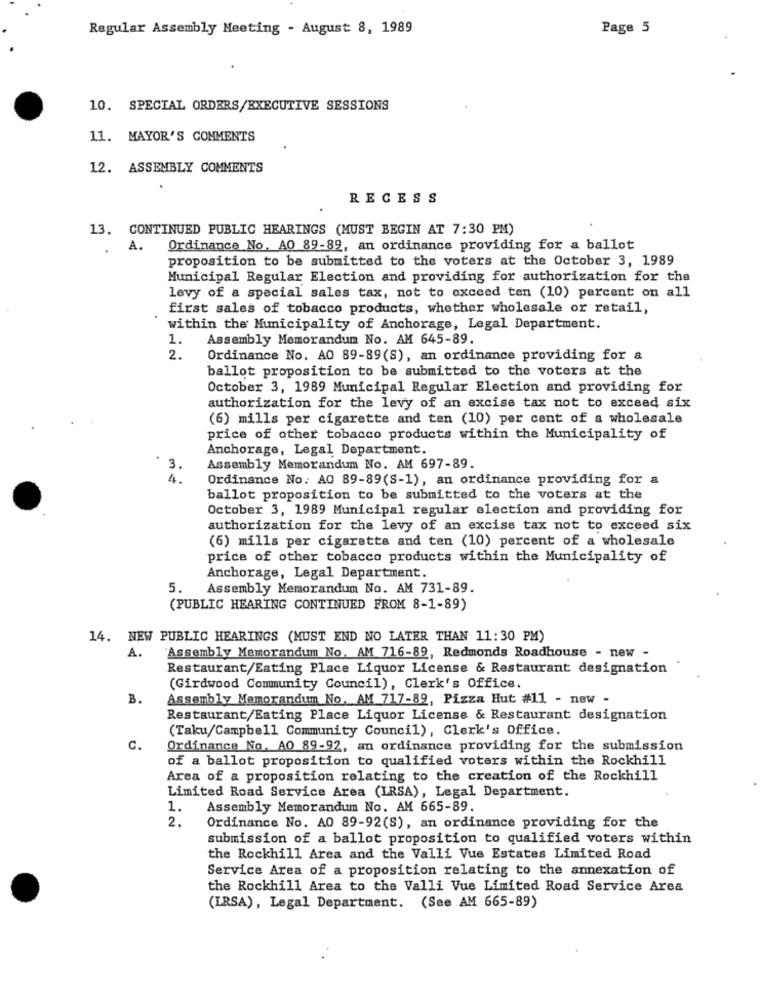
Regular Assembly Meeting - August 8, 1989
Page 5
10. SPECIAL ORDERS/EXECUTIVE SESSIONS
11. MAYOR'S COMMENTS
12. ASSEMBLY COMMENTS
RECESS
13. CONTINUED PUBLIC HEARINGS (MUST BEGIN AT 7:30 PM)
A. Ordinance No. AO 89-89, an ordinance providing for a ballot
proposition to be submitted to the voters at the October 3, 1989
Municipal Regular Election and providing for authorization for the
levy of a special sales tax, not to exceed ten (10) percent on all
first sales of tobacco products, whether wholesale or retail,
within the Municipality of Anchorage, Legal Department.
1.
Assembly Memorandum No. AM 645-89.
2.
Ordinance No. AO 89-89(S), an ordinance providing for a
ballot proposition to be submitted to the voters at the
October 3, 1989 Municipal Regular Election and providing for
authorization for the levy of an excise tax not to exceed six
(6) mills per cigarette and ten (10) per cent of a wholesale
price of other tobacco products within the Municipality of
Anchorage, Legal Department.
3.
Assembly Memorandum No. AM 697-89.
4.
Ordinance No. AO 89-89(S-1), an ordinance providing for a
ballot proposition to be submitted to the voters at the
October 3, 1989 Municipal regular election and providing for
authorization for the levy of an excise tax not to exceed six
(6) mills per cigarette and ten (10) percent of a wholesale
price of other tobacco products within the Municipality of
Anchorage, Legal Department.
5. Assembly Memorandum No. AM 731-89.
(PUBLIC HEARING CONTINUED FROM 8-1-89)
14. NEW PUBLIC HEARINGS (MUST END NO LATER THAN 11:30 PM)
A.
Assembly Memorandum No. AM 716-89, Redmonds Roadhouse - new -
Restaurant/Eating Place Liquor License & Restaurant designation
(Girdwood Community Council), Clerk's Office.
B.
Assembly Memorandum No. AM 717-89, Pizza Hut #11 - new -
Restaurant/Eating Place Liquor License & Restaurant designation
(Taku/Campbell Community Council), Clerk's Office.
C.
Ordinance No. AO 89-92, an ordinance providing for the submission
of a ballot proposition to qualified voters within the Rockhill
Area of a proposition relating to the creation of the Rockhill
Limited Road Service Area (LRSA), Legal Department.
1. Assembly Memorandum No. AM 665-89.
2.
Ordinance No. AO 89-92(S), an ordinance providing for the
submission of a ballot proposition to qualified voters within
the Rockhill Area and the Valli Vue Estates Limited Road
Service Area of a proposition relating to the annexation of
the Rockhill Area to the Valli Vue Limited Road Service Area
(IRSA), Legal Department. (See AM 665-89)